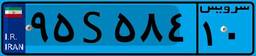
۵۸S۳۱۵۹۳